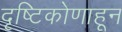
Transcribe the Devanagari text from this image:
दृष्टिकोणाहून